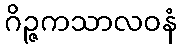
ဂိဉ္ဇကသာလဝနံ